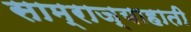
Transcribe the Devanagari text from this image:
साम्राज्याहाती